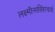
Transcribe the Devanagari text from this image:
लक्ष्मीनरसिंहाचार्य